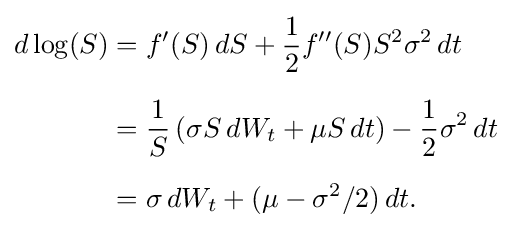
{\begin{alignedat}{2}d\log(S)&=f'(S)\,dS+{\frac {1}{2}}f''(S)S^{2}\sigma ^{2}\,dt\\[6pt]&={\frac {1}{S}}\left(\sigma S\,dW_{t}+\mu S\,dt\right)-{\frac {1}{2}}\sigma ^{2}\,dt\\[6pt]&=\sigma \,dW_{t}+(\mu -\sigma ^{2}/2)\,dt.\end{alignedat}}